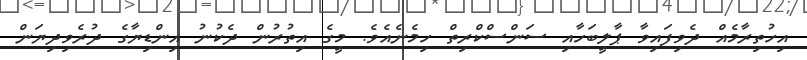
އިހުތިރާމެއް ދެވިފައިވާ ޕާލީބަހާއި ސަންސްކްރިތް ހިމެނެއެވެ. މީގެ އިތުރުން ދެކުނު އިންޑިޔާގެ ދުރެވިދިޔަން